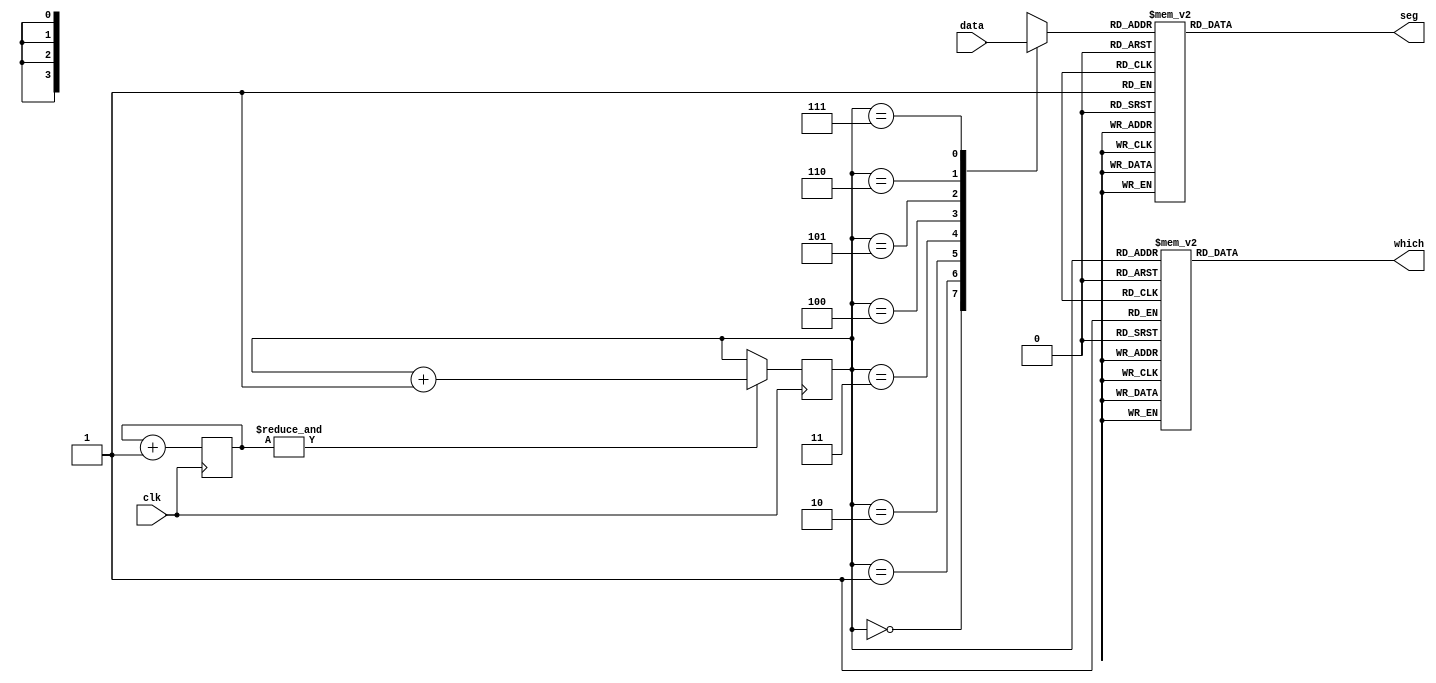
`timescale 1ns / 1ps

module DISPLAY (
    clk,
    data,
    which,
    seg
);
  input clk;  //
  input [32:1] data;  //
  output reg [3:0] which;  //
  output reg [7:0] seg;  //

  reg [14:0] count;
  reg [ 3:0] digit;
  reg [ 2:0] sel;

  initial begin
    count <= 0;
    sel   <= 0;
  end

  //
  always @(posedge clk) count <= count + 1'b1;
  always @(negedge clk) if (&count) sel <= sel + 1'b1;

  always @(*) begin
    case (sel)
      3'b000: digit <= data[32:29];
      3'b001: digit <= data[28:25];
      3'b010: digit <= data[24:21];
      3'b011: digit <= data[20:17];
      3'b100: digit <= data[16:13];
      3'b101: digit <= data[12:9];
      3'b110: digit <= data[8:5];
      3'b111: digit <= data[4:1];
    endcase

    case (sel)
      3'b000: which <= 4'b1000;
      3'b001: which <= 4'b1001;
      3'b010: which <= 4'b1010;
      3'b011: which <= 4'b1011;
      3'b100: which <= 4'b1100;
      3'b101: which <= 4'b1101;
      3'b110: which <= 4'b1110;
      3'b111: which <= 4'b1111;
    endcase

    case (digit)
      4'h0: seg <= 8'b0000_0011;
      4'h1: seg <= 8'b1001_1111;
      4'h2: seg <= 8'b0010_0101;
      4'h3: seg <= 8'b0000_1101;
      4'h4: seg <= 8'b1001_1001;
      4'h5: seg <= 8'b0100_1001;
      4'h6: seg <= 8'b0100_0001;
      4'h7: seg <= 8'b0001_1111;
      4'h8: seg <= 8'b0000_0001;
      4'h9: seg <= 8'b0000_1001;
      4'hA: seg <= 8'b0001_0001;
      4'hB: seg <= 8'b1100_0001;
      4'hC: seg <= 8'b0110_0011;
      4'hD: seg <= 8'b1000_0101;
      4'hE: seg <= 8'b0110_0001;
      4'hF: seg <= 8'b0111_0001;
    endcase
  end

endmodule